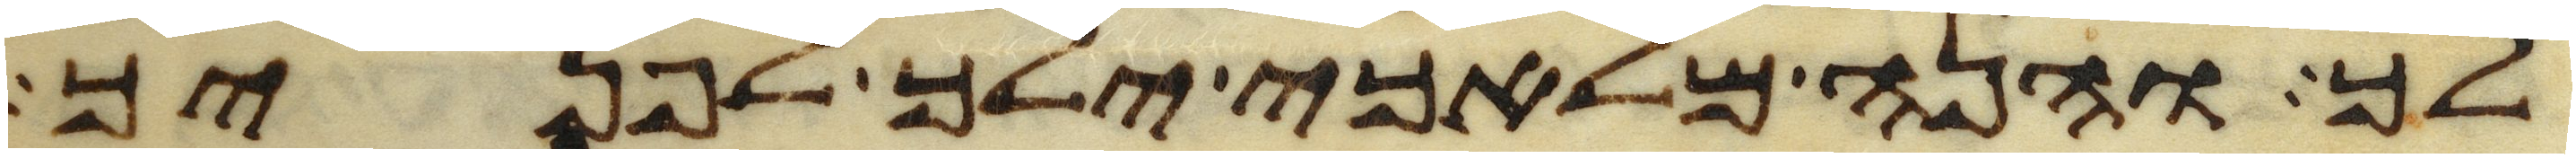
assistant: לך והנה מלאכי ילך לפניך